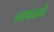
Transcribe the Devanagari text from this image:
नाकळवे